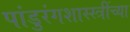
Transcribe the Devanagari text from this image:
पांडुरंगशास्स्त्रींच्या